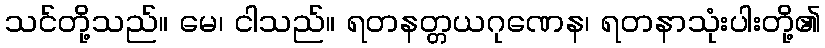
သင်တို့သည်။ မေ၊ ငါသည်။ ရတနတ္တယဂုဏေန၊ ရတနာသုံးပါးတို့၏